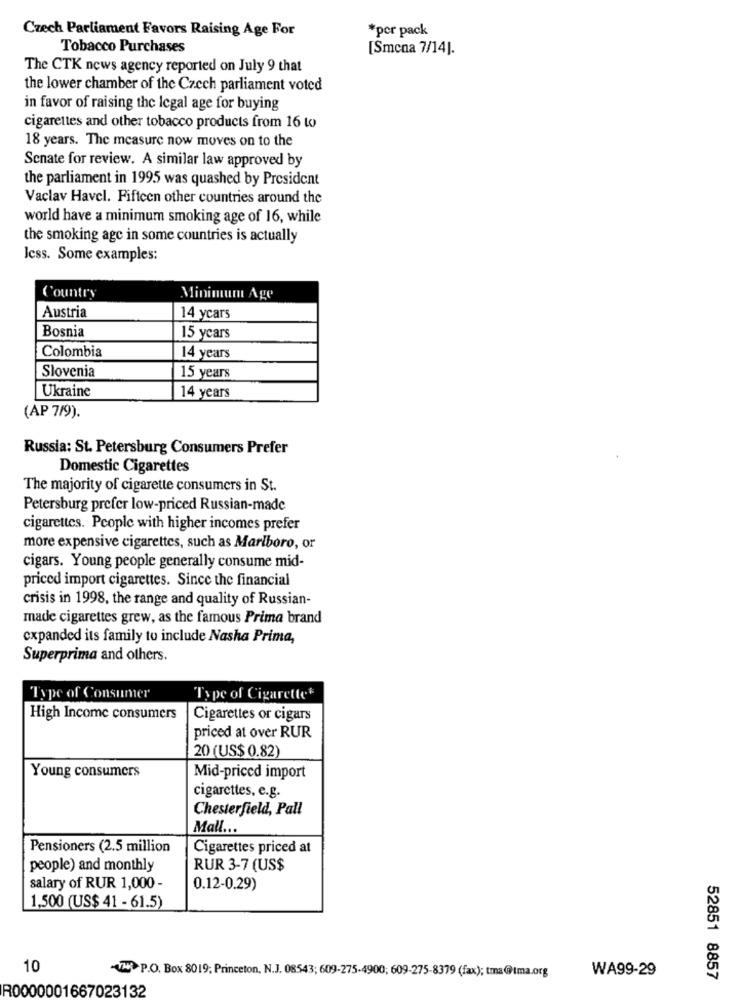
Czech Parliament Favors Raising Age For
*per pack
Tobacco Purchases
[Smcna 7/14].
The CTK news agency reported on July 9 that
the lower chamber of the Czech parliament voted
in favor of raising the legal age for buying
cigarettes and other tobacco products from 16 to
18 years. The measure now moves on to the
Senate for review. A similar law approved by
the parliament in 1995 was quashed by President
Vaclav Havel. Fifteen other countries around the
world have a minimum smoking age of 16, while
the smoking agc in some countries is actually
Icss. Some examples:
Country
Minimum Age
Austria
14 ycars
Bosnia
15 ycars
Colombia
14 years
Slovenia
15 years
Ukraine
14 years
(AP 7/9).
Russia: St. Petersburg Consumers Prefer
Domestic Cigarettes
The majority of cigarette consumers in St.
Petersburg prefer low-priced Russian-made
cigarettes. People with higher incomes prefer
more expensive cigarettes, such as Marlboro, or
cigars. Young people generally consume mid-
priced import cigarettes. Since the financial
crisis in 1998, the range and quality of Russian-
made cigarettes grew, as the famous Prima brand
expanded its family to include Nasha Prima,
Superprima and others.
Type of Consumer
Type of Cigarettet
High Income consumers
Cigarettes or cigars
priced at over RUR
20 (US$ 0.82)
Young consumers
Mid-priced import
cigarettes, e.g.
Chesterfield, Pall
Mall ...
Pensioners (2.5 million
Cigarettes priced at
people) and monthly
RUR 3-7 (US$
salary of RUR 1,000 -
0.12-0.29)
1,500 (US$ 41 - 61.5)
10
WA99-29
-VHP.O. Box 8019; Princeton, N.J. 08543; 609-275-4900; 609-275-8379 (fax); tma@tma.org
52851 8857
R0000001667023132